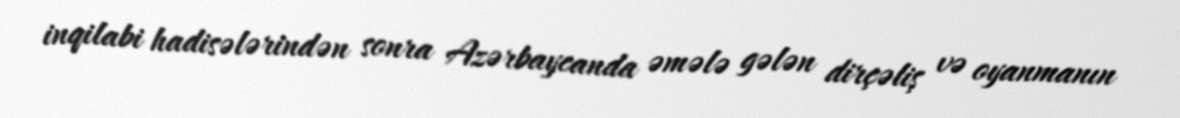
inqilabi hadisələrindən sonra Azərbaycanda əmələ gələn dirçəliş və oyanmanın